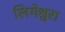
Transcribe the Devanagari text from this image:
लिगेश्वरा